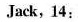
Jack, 14: